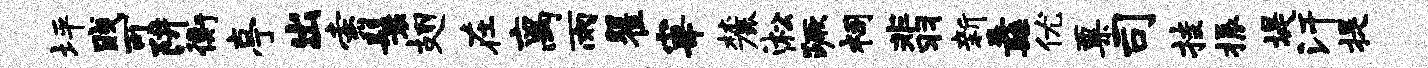
坪贱可阱衡亭出索鬟翅在离雨瞿宰麓淞蹶祠翡新纛优粟司挂振堤汗提